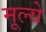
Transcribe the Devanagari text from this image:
मूल्‍ये